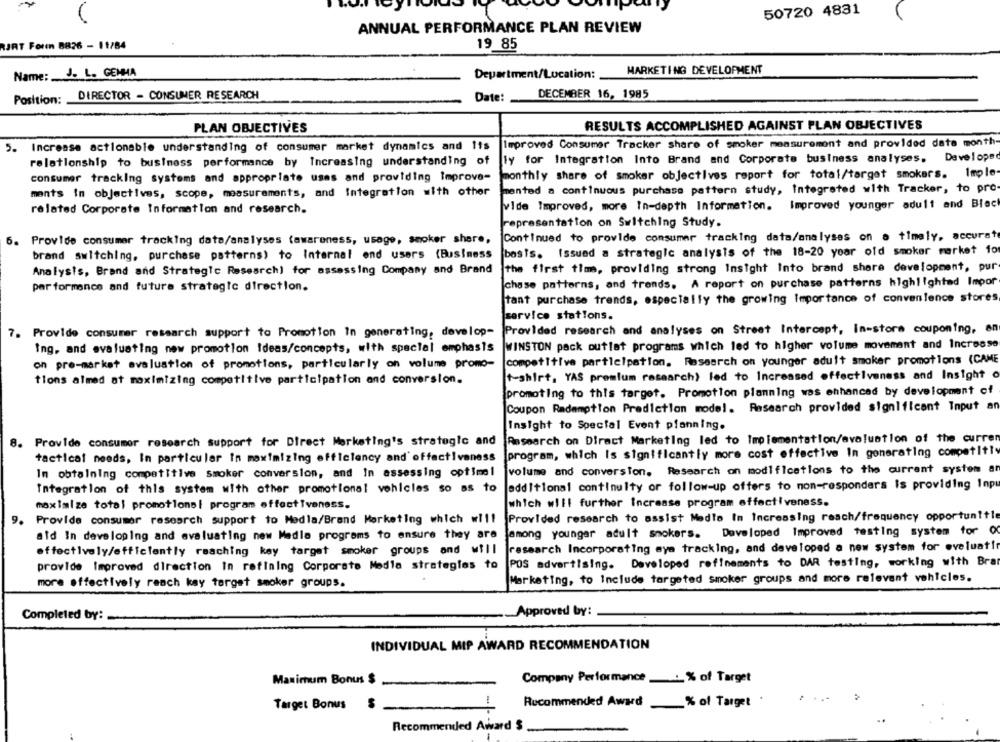
50720 4831
ANNUAL PERFORMANCE PLAN REVIEW
RJRT Foren 8826 - 11/84
19 85
Name: J. L. GENHA
MARKETING DEVELOPMENT
Department/Location:
DIRECTOR - CONSUMER RESEARCH
DECEMBER 16, 1985
Position:
Date :_
RESULTS ACCOMPLISHED AGAINST PLAN OBJECTIVES
PLAN OBJECTIVES
5. Increase actionable understanding of consumer market dynamics and 1ts
Improved Consumer Tracker share of smoker measurement and provided date month-
relationship to business performance by Increasing understanding of
Ty for Integration Into Brand and Corporate business analyses.
Developed
consumer tracking systems and appropriate uses and providing improve- monthly share of smoker objectives report for total/target smokers.
monthly share of smoker objectives report for total/target smokers. Imple
ments In objectives, scope, measurements, and Integration with other
mented a continuous purchase pattern study, Integrated with Tracker, to pre-
vide Improved, more In-depth Information. Improved younger adult and Black
related Corporate Information and research.
representation on Switching Study.
Continued to provide consumer tracking data/analyses on a timely, accurate
6.
Provide consumer tracking data/analyses (awareness, usage, smoker share,
basis. Issued a strategic analysis of the 18-20 year old smoker market for
brand switching, purchase patterns) to Internal end users (Business
the first time, providing strong Insight Into brand share development, pur
Analysis, Brand and Strategic Research) for assessing Company and Brand
chase patterns, and trends. A report on purchase patterns highlighted Impor
performance and future strategic direction.
tant purchase trends, especially the growing Importance of convenience stores
service stations.
7.
Provide consumer research support to Promotion In generating, develop-
Provided research and analyses on Street Intercept, In-store couponing, en
Ing, and evaluating new promotion Ideas/concepts, with special emphasis
WINSTON pack outlet programs which led to higher volume movement and Increase
competitive participation. Research on younger adult smoker promotions (CAME
on pre-market evaluation of promotions, particularly on volume promo-
t-shirt, YAS premium research) led to Increased effectiveness and Insight o
tions almed at maximizing competitive participation and conversion.
promoting to this target. Promotion planning was enhanced by development of
Coupon Redemption Prediction model. Research provided significant Input an
Insight to Special Event planning.
Research on Direct Marketing led to Implementation/avaluatlon of the curren
8.
Provide consumer research support for Direct Marketing's strategic and
program, which Is significantly more cost effective In generating competitly
tactical needs, In particular In maximizing efficiency and' offactiveness
In obtaining competitive smoker conversion, and In assessing optimel
volume and conversion. Research on modifications to the current system an
Integration of this system with other promotional vehicles so as to
additional continuIty or follow-up offers to non-responders is providing Inpu
maximize total promotional program effectiveness.
which will further Increase program effectiveness.
9.
Provide consumer research support to Medla/Brand Marketing which w !!!
Provided research to assist Medle In Increasing reach/frequency opportun!tle
among younger adult smokers. Developed improved testing system for O
ald In developing and evaluating new Madle programs to ensure they are
research Incorporating aya tracking, and developed a new system for eveluatir
effectively/efficiently reaching kay target smoker groups and will
POS advertising. Developed refinements to DAR testing, working with Brar
provide Improved direction In refining Corporate Media strategies to
Marketing, to Include targeted smoker groups and more relevant vehicles.
more effectively reach kay target smoker groups.
Completed by:
Approved by:
INDIVIDUAL MIP AWARD RECOMMENDATION
Maximum Bonus $
Company Performance ___ % of Target
Recommended Award % of Target
Target Bonus
Recommended Award $